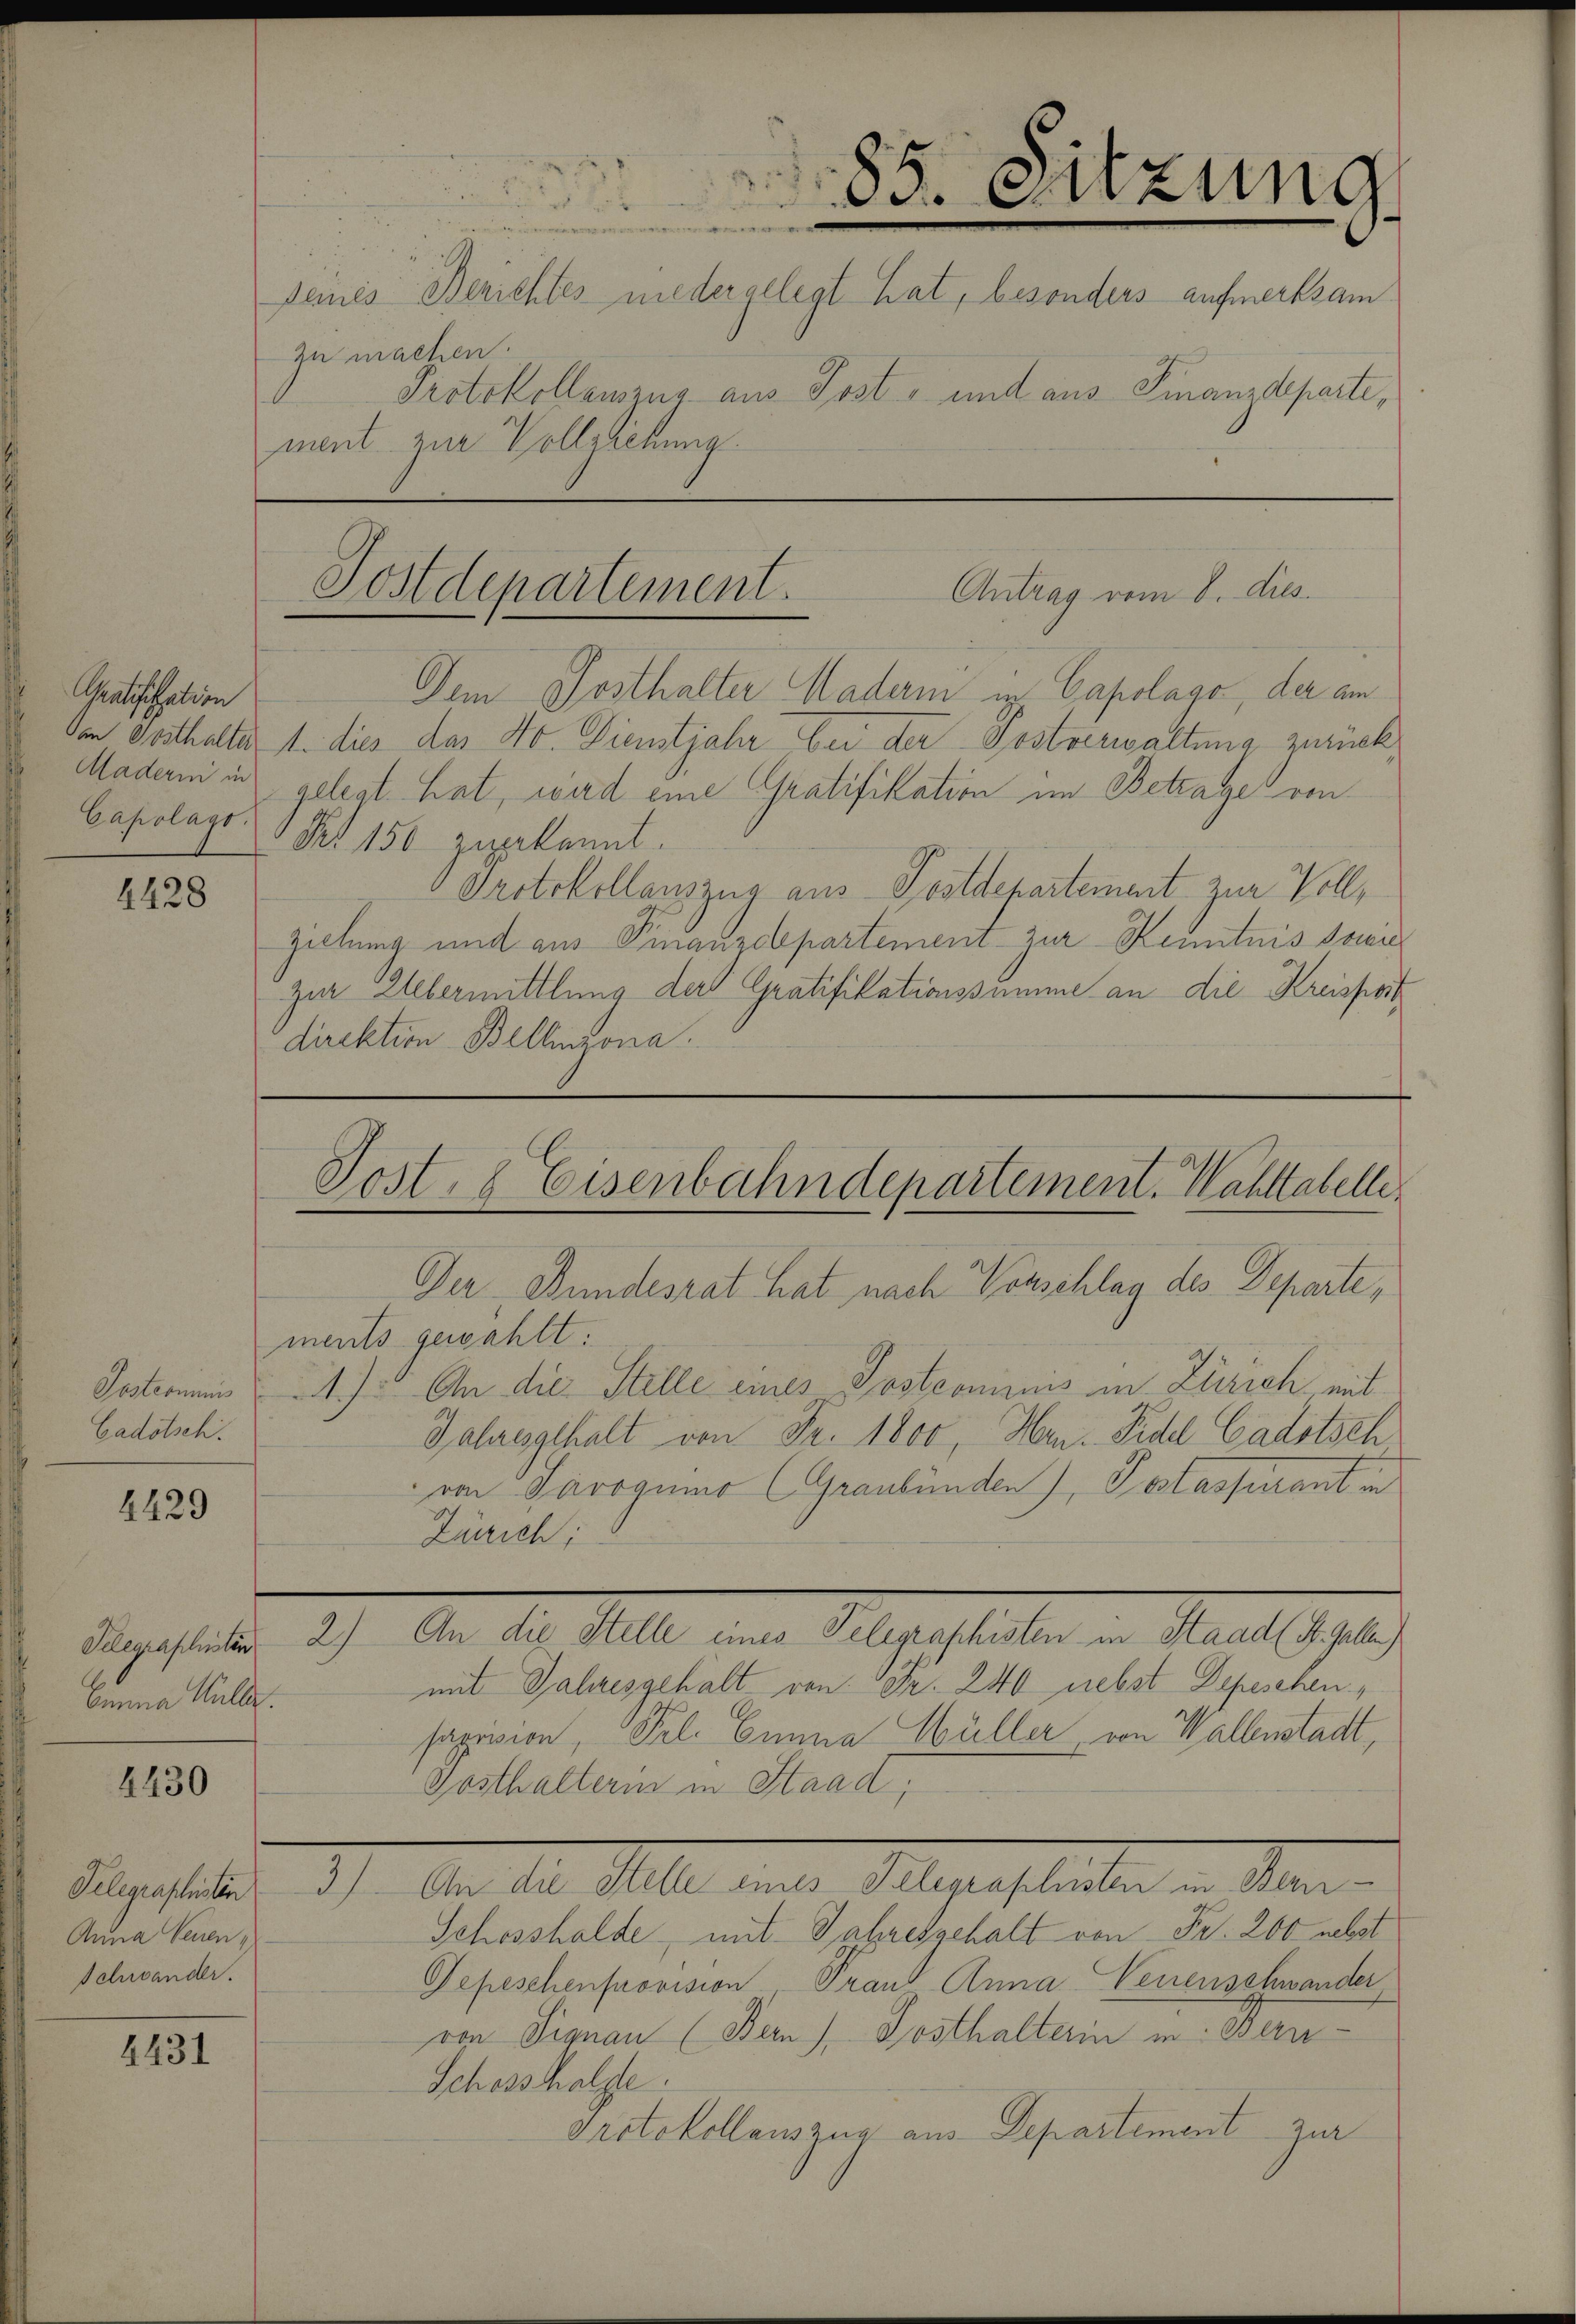
Gratifikation
in Posthalter
Madern in
Capolags.

4428

Sostromis
Cadötsch.

4429

Telegraphisten
Emma Bulle.

4430

Telegraphisten
Anna Venen
Schwander.

4431

3
88. Sitzung

peines Berichtes niedergelegt hat, besonders aufmerksam
zu machen.
Protokollauszug aus Post- und aus Finanzdeparte,
ment zur Vollziehung

Postdepartement.
Antrag vom 8. ds.

Dem Posthalter Hadern in Capolago der am
1. dies das No. Dienstjahr bei der Postverwaltung zurück
gelegt hat, wird eine Gratifikation im Betrage von
Prt 150 zugekannt.
Protokollauszug aus Postdepartement zur Voll¬
Ziehung und aus Finanzdepartement zur Kenntnis sowie
zur Uebermittlung der Gratifikationssumme an die Kreisfortdirektion Bellinzona.

Jost, 8 Eisenbahndepartement. Wahltabelle

Der Bundesrat hat nach Vorschlag des Departe,
ments gewählt.
4.) An die Stelle eines Sostromenis in Zürich mit
Jahresgehalt von Fr. 1800, Hrn. Fidel Cadotsch
von Parogumo (Graubünden), Poslassurant in
Zürich;
2.) An die Stelle eines Telegraphisten in Staad (St. Galler)
mit Jahresgehalt von Fr. 240 nebst Depeschen,
sapision, Frl. Einna Müller von Wallenstadt,
Gosthalterin in Staad,
21.
dne des Maler unter gestanten in Mann
Schosshalde, mit Jahresgehalt von Fr. 200 nebst
Depeschenprovision Frau Anna Venenschwander
von Signau (Den 1. Posthalteri in Bern
Schosshalte
Protokollauszug aus Departement zur